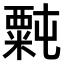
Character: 𫃉